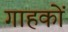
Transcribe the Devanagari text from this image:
गाहकों